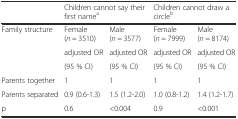
<table><thead><tr><td></td><td colspan="2"><b>Children cannot say their first name<sup>a</sup></b></td><td colspan="2"><b>Children cannot draw a circle<sup>b</sup></b></td></tr></thead><tbody><tr><td rowspan="3">Family structure</td><td>Female (<i>n</i> = 3510)</td><td>Male (<i>n</i> = 3577)</td><td>Female (<i>n</i> = 7999)</td><td>Male (<i>n</i> = 8174)</td></tr><tr><td>adjusted OR</td><td>adjusted OR</td><td>adjusted OR</td><td>adjusted OR</td></tr><tr><td>(95 % CI)</td><td>(95 % CI)</td><td>(95 % CI)</td><td>(95 % CI)</td></tr><tr><td>Parents together</td><td>1</td><td>1</td><td>1</td><td>1</td></tr><tr><td>Parents separated</td><td>0.9 (0.6-1.3)</td><td>1.5 (1.2-2.0)</td><td>1.0 (0.8-1.2)</td><td>1.4 (1.2-1.7)</td></tr><tr><td>p</td><td>0.6</td><td>&lt;0.004</td><td>0.9</td><td>&lt;0.001</td></tr></tbody></table>